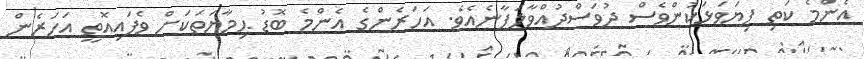
އެންމެ ކަތި ފިޔަވަޅަކުންވެސް ދުވަސްދުއްވާލަފާނެއެވެ. އަހަރެންގެ އެންމެ ބޮޑު ޙިމާޔަތަކަށް ވެފައިއޮތީ އަހަރެން